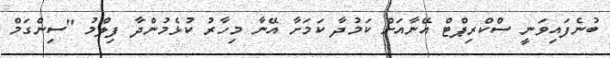
ބުނެފައިވަނީ ސްކްރިޕްޓް އޭނާއަށް ކަމުދާ ކަމަށާ އޭނާ މިހާރު ކުޅެމުންދާ ފިލްމު ''ސިންގަމް